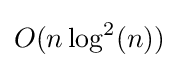
O(n\log ^{2}(n))